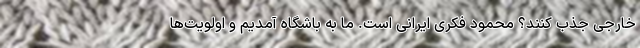
خارجی جذب کنند؟ محمود فکری ایرانی است. ما به باشگاه آمدیم و اولویت‌ها